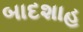
બાદશાહ